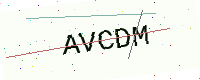
Text: AVCDM